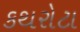
કથરોટા